Lunatic asylums Bombay report 1878-1890 - 1878-1890
Year: 1878
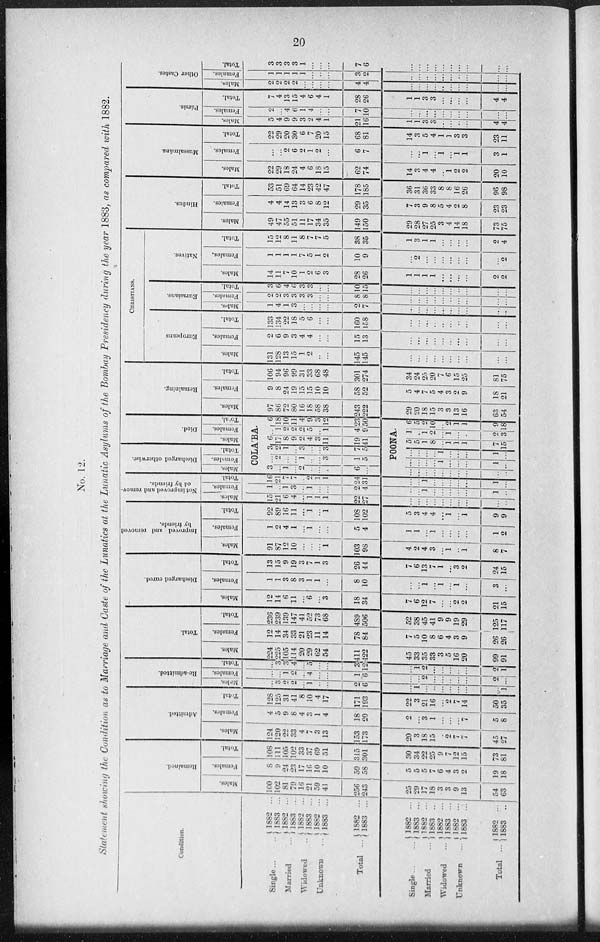
20
No. 12.
Statement showing the Condition as to Marriage and Caste of the Lunatics at the Lunatic Asylums of the Bombay Presidency during the year 1883, as compared with 1882.
Condition.
Single ...
Married ...
Widowed ...
Unknown ...
Total
Single ...
Married ...
Widowed ...
Unknown ...
Total ...
1882
...
1883 ...
1882 ...
1883
...
1882 ...
1883 ...
1882 ...
1883 ...
1882 ...
1883 ...
1882 ...
1883 ..
1882 ...
1883 ...
1882 ...
1883 ...
1882 ...
1883 ...
1882 ...
1883 ...
Remained.
Males.
100
102
81
79
16
21
59
41
256
243
25
29
17
18
3
3
9
13
54
63
Females.
8
9
24
23
17
16
10
10
59
58
5
5
5
7
6
4
3
2
19
18
Total.
108
111
105
102
33
37
69
51
315
301
30
34
22
25
9
7
12
15
73
81
Admitted.
Males.
124
120
22
33
4
7
3
13
153
173
20
3
18
15
2
7
7
45
27
Fe ma l
e s .
4
5
9
8
4
3
1
4
18
20
2
...
3
1
...
...
...
7
5
8
Tot al .
128
125
31
41
8
10
4
17
171
193
22
3
21
16
...
2
7
14
50
35
Re-admitted.
Males.
...
3
2
2
...
1
...
...
2
6
...
1
...
...
...
...
...
...
333
1
Females.
...
...
1
2
...
4
...
...
1
6
...
...
2
...
...
...
...
...
2
...
Total.
...
3
3
4
...
5
...
...
3
12
...
1
2
...
...
...
...
...
2
1
Total.
Males.
224
225
105
114
20
29
62
54
411
422
45
33
35
33
3
5
16
20
99
91
Females.
12
14
34
33
21
23
11
14
78
84
7
5
10
8
6
4
3
9
26
26
Total.
236
239
139
147
41
52
73
68
489
506
52
38
45
41
9
9
19
29
125
117
Discharged cured.
Males.
12
14
6
11
...
6
...
3
18
34
7
6
12
7
...
...
2
2
21
15
Females.
1
1
3
8
3
1
1
...
8
10
...
...
1
...
1
..
1
...
3
...
Total.
13
15
9
19
3
7
1
3
26
44
7
6
13
7
1
...
3
2
24
15
Improved and removed
by friends.
Males.
91
87
12
10
...
...
...
1
103
98
4
2
4
3
...
1
..
1
8
7
Females.
1
2
4
1
...
1
...
...
5
4
1
1
...
1
...
...
...
...
1
2
Total.
92
89
16
11
...
1
...
1
108
102
5
3
4
4
...
1
...
1
9
9
Not improved and remov-
ed by friends.
Males.
15
21
6
4
...
1
1
1
22
27
...
...
...
...
...
...
...
...
...
...
Females.
1
..
1
3
...
1
...
...
2
4
...
...
1
...
...
...
...
...
1
...
Total.
16
21
7
7
...
2
1
1
24
31
...
...
1
...
...
...
...
...
1
...
Discharged otherwise.
Males.
Females.
Total.
Died.
Males.
Females.
Total.
COLABA.
3
...
1
... 2
...
...
.
6
...
...
2
...
...
1
...
...
3
1
5
3
2
1
...
3
...
...
3
7
5
6
17
8
9
2
4
3
11
19
41
...
1
2
2
2
5
...
1
4
9
6
18
10
11
4
9
3
12
23
50
POONA.
...
...
...
...
...
...
...
...
...
...
...
...
...
...
1
...
...
...
1
...
...
...
...
...
1
...
...
...
1
...
5
5
1
8
...
1
1
1
7
15
1
...
1
2
...
1
...
...
2
3
6
5
2
10
...
2
1
1
9
18
Remaining.
Males.
97
86
72
80
16
18
58
38
243
222
29
20
18
15
3
3
13
16
63
54
Females.
9
8
24
19
15
15
10
10
58
52
5
4
7
5
4
3
2
9
18
21
Total.
106
94
96
99
31
33
68
48
301
274
34
24
25
20
7
6
15
25
81
75
CHRISTIANS.
Europeans
Males.
131
128
13
15
1
2
..
...
145
145
...
...
...
...
...
...
...
...
...
...
Females.
2
6
9
3
4
4
...
...
15
13
...
...
...
...
...
...
...
...
...
...
Total.
133
134
22
18
5
6
...
...
160
158
...
...
...
...
...
...
...
...
...
...
Males.
1
4
1
3
...
...
...
...
2
7
...
...
...
...
...
...
...
...
...
...
Eurasians.
Females.
2
2
3
3
3
3
...
...
8
8
...
...
...
...
...
...
...
...
...
...
Natives.
Total.
3
6
4
6
3
3
...
...
10
15
...
...
...
...
...
...
...
...
...
...
Males.
14
11
7
10
1
2
6
3
28
26
1
1
1
1
...
...
...
...
2
2
Females.
1
1
1
1
7
5
1
2
10
9
...
2
...
...
...
...
...
...
...
2
Total.
15
12
8
11
8
7
7
5
38
35
1
3
1
1
...
...
...
...
2
4
Hindus.
Males.
49
47
55
51
11
17
34
35
149
150
29
28
27
25
3
4
14
18
73
75
Females.
4
4
14
13
3
6
8
12
29
35
7
3
9
8
5
4
2
8
23
23
Total.
53
51
69
64
14
23
42
47
178
185
36
31
36
33
8
8
16
26
96
98
Mussalmáns.
Males.
22
29
18
24
4
6
18
15
62
74
14
3
4
4
..
1
2
2
90
10
Females.
...
...
2
6
2
1
2
...
6
7
...
...
1
...
1
...
1
1
3
1
Total.
22
29
20
30
6
7
20
15
68
81
14
3
5
4
1
1
3
3
93
11
Pársis.
Males.
5
4
9
9
3
2
4
1
21
16
1
1
3
3
...
...
...
...
4
4
Females.
2
...
4
6
1
4
...
...
7
10
...
...
...
...
...
...
...
...
...
...
Total.
7
4
13
15
4
6
4
1
28
26
1
1
3
3
...
...
...
...
4
4
Other Castes.
Males.
2
2
2
2
...
...
...
...
4
4
...
...
...
...
...
...
...
...
...
...
Females.
1
1
1
1
1
...
...
...
3
2
...
...
...
...
...
...
...
...
...
...
Total.
3
3
3
3
1
...
...
...
7
6
...
...
...
...
...
...
...
...
...
...